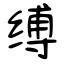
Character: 缚